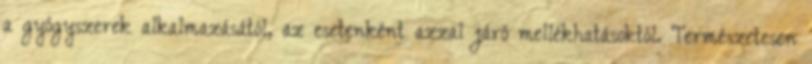
a gyógyszerek alkalmazásától, az esetenként azzal járó mellékhatásoktól. Természetesen